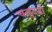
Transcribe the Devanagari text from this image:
चन्हुदड़ो